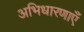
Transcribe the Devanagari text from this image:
अभिधारणाएँ